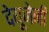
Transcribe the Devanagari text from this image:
देयूजेनी